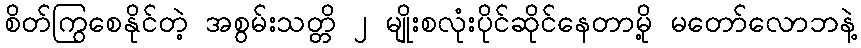
စိတ်ကြွစေနိုင်တဲ့ အစွမ်းသတ္တိ ၂ မျိုးစလုံးပိုင်ဆိုင်နေတာမို့ မတော်လောဘနဲ့